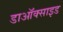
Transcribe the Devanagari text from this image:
डाऑक्साइड